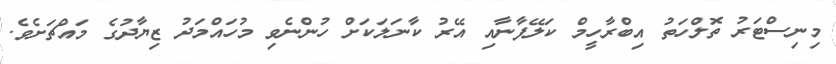
މިނިސްޓަރު ތޮލްހަތު އިބްރާހީމް ކަލޭފާނާއި އޭރު ކާނަލަކަށް ހުންނެވި މުހައްމަދު ޒިޔާދުގެ މައްޗަށެވެ.